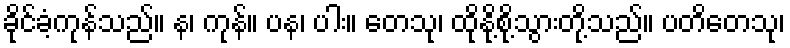
ခိုင်ခံ့ကုန်သည်။ န၊ ကုန်။ ပန၊ ပါး။ တေသု၊ ထိုနို့စို့သွားတို့သည်။ ပတိတေသု၊